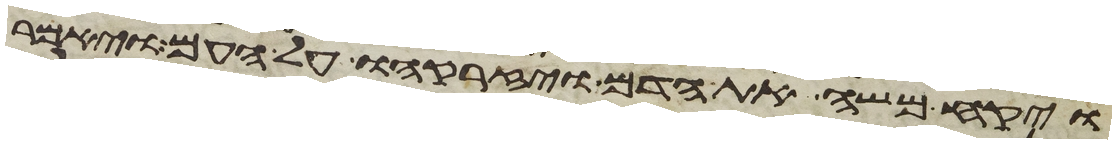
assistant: ויקח משה את הדם ויזרקהו על העם ויאמר